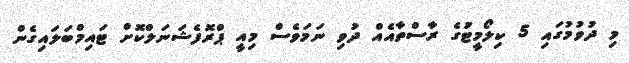
މި ދުވުމުގައި 5 ކިލޯމީޓަުގެ ރާސްތާއެއް ދުވި ނަމަވެސް މިއީ ޕްރޮފެޝަނަލްކޮށް ޓައިމްބަލައިގެން